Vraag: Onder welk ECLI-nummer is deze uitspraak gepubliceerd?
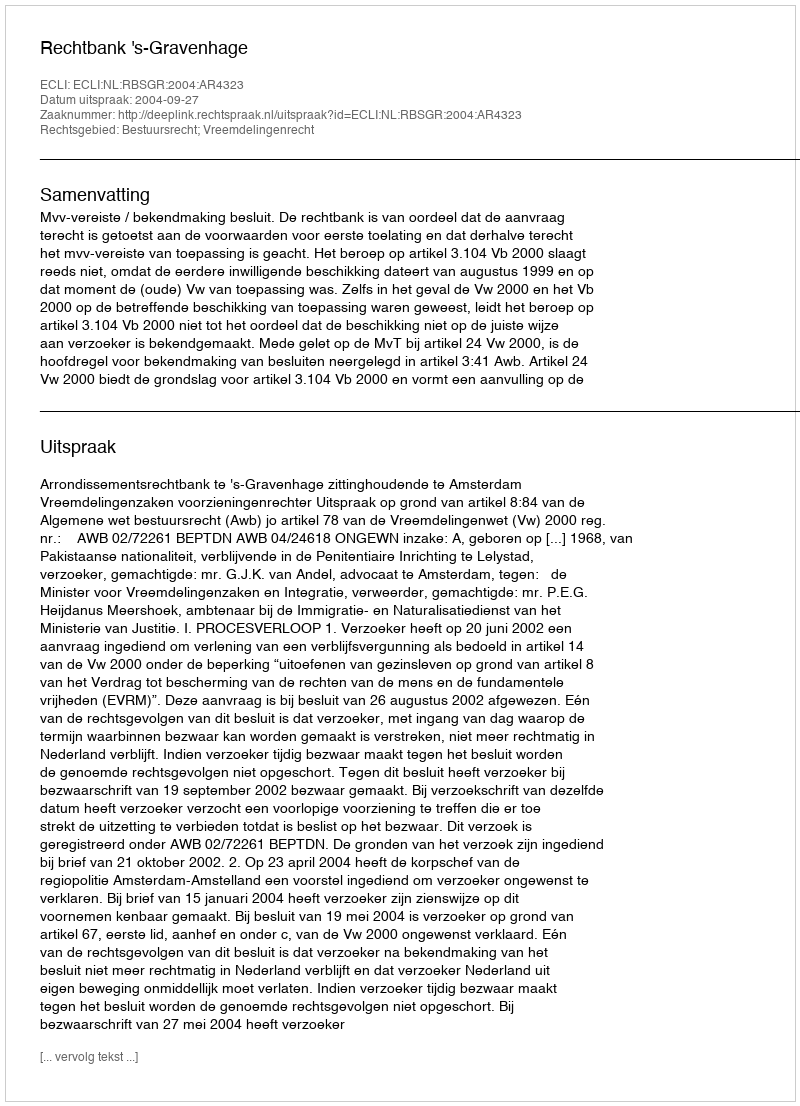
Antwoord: ECLI:NL:RBSGR:2004:AR4323